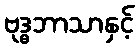
ဗုဒ္ဓဘာသာနှင့်